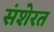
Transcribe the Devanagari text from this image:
संशेरत